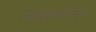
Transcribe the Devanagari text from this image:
सादरकर्त्यांला